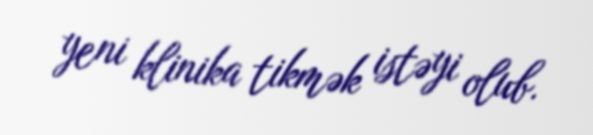
yeni klinika tikmək istəyi olub.